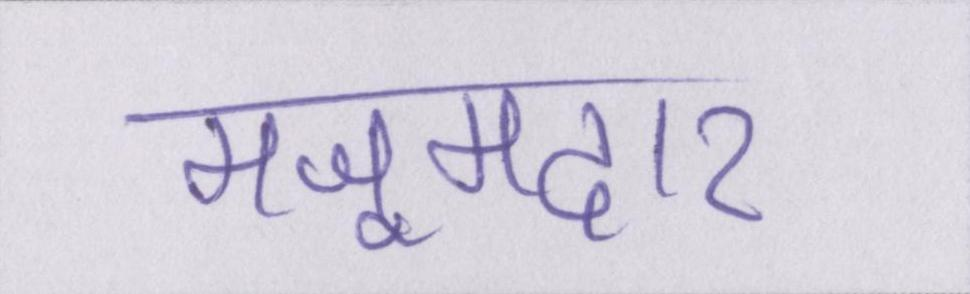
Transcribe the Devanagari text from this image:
मजूमदार